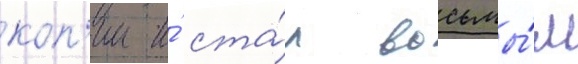
коп'ии и́ ста́л восьмы́м